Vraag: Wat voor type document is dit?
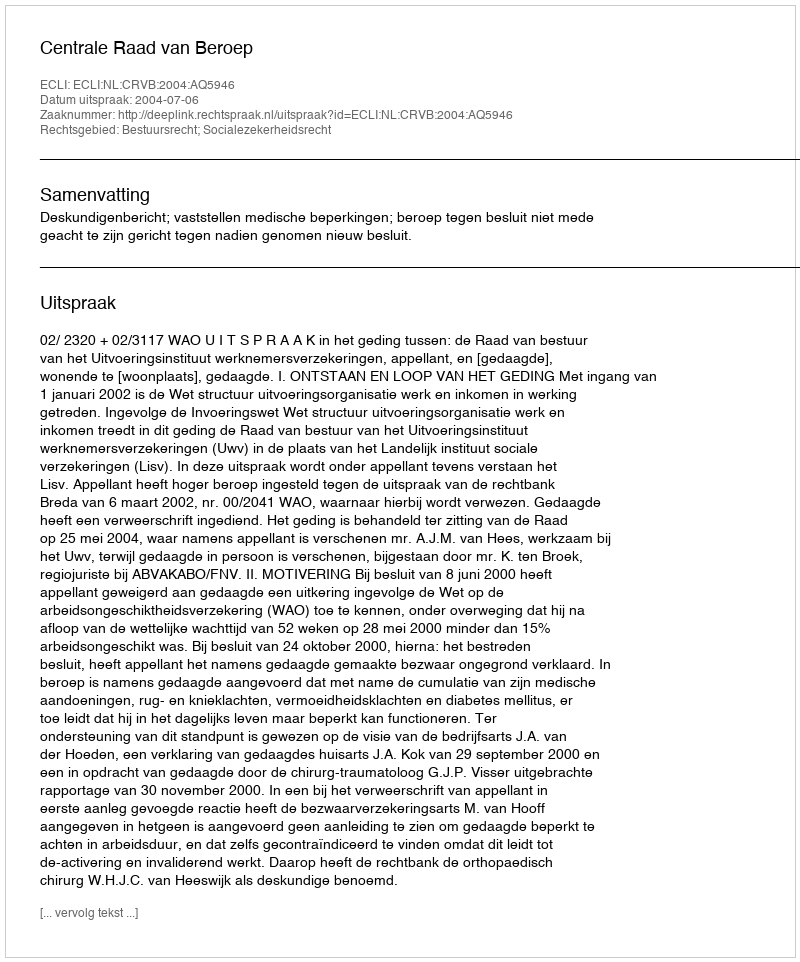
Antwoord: Uitspraak